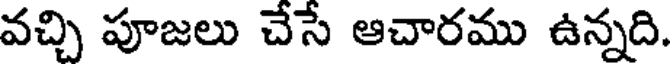
వచ్చి పూజలు చేసే ఆచారము ఉన్నది.